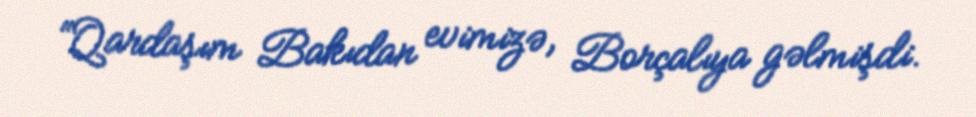
“Qardaşım Bakıdan evimizə, Borçalıya gəlmişdi.